Indian journal of veterinary science and animal husbandry - Volume 3,
Year: 1933
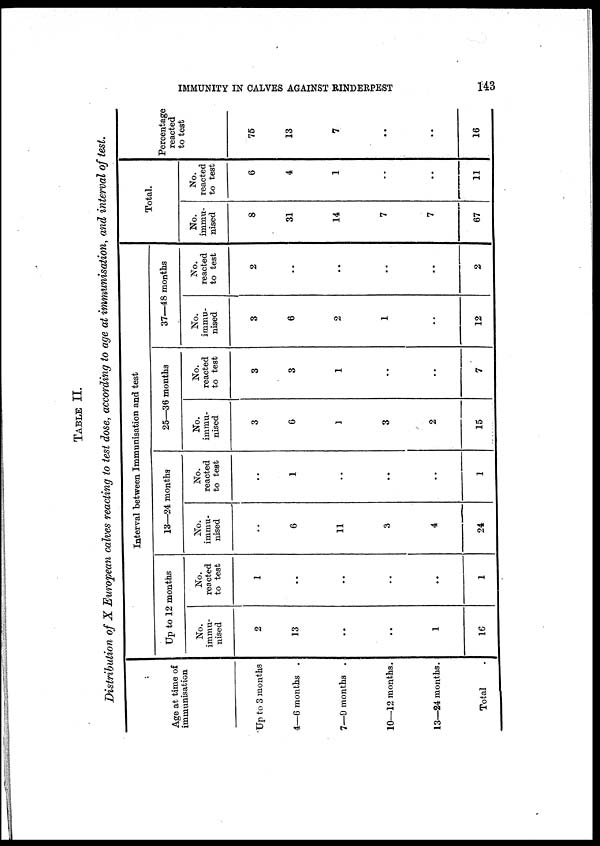
IMMUNITY IN CALVES AGAINST RINDERPEST
143
TABLE II.
Distribution of X European calves reacting to test dose, according to age at immunisation, and interval of test.
Age at time of
immunisation
Up to 3 months
4—6 months .
7—9 months .
10—12 months.
13—24 months.
Total .
Interval between Immunisation and test
Up to 12
months
No.
immu-
nised
2
13
..
..
1
16
No.
reacted
to test
1
..
..
..
..
1
13—24 months
No.
immu-
nised
..
6
11
3
4
24
No.
reacted
to test
..
1
..
..
..
1
25—36 months
No.
immu-
nised
3
6
1
3
2
15
No.
reacted
to test
3
3
1
..
..
7
37—48
months
No.
immu-
nised
3
6
2
1
..
12
No.
reacted
to test
2
..
..
..
..
2
Total.
No.
immu-
nised
8
31
14
7
7
67
No.
reacted
to test
6
4
1
..
..
11
Percentage
reacted
to test
75
13
7
..
..
16